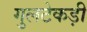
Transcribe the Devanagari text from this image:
गुलटेकड़ी